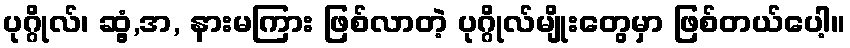
ပုဂ္ဂိုလ်၊ ဆွံ့,အ, နားမကြား ဖြစ်လာတဲ့ ပုဂ္ဂိုလ်မျိုးတွေမှာ ဖြစ်တယ်ပေါ့။